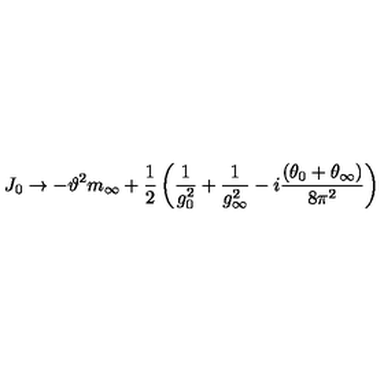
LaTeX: J _ { 0 } \to - \vartheta ^ { 2 } m _ { \infty } + \frac { 1 } { 2 } \left( \frac { 1 } { g _ { 0 } ^ { 2 } } + \frac { 1 } { g _ { \infty } ^ { 2 } } - i \frac { ( \theta _ { 0 } + \theta _ { \infty } ) } { 8 \pi ^ { 2 } } \right)